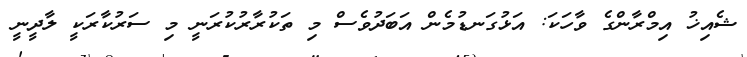
ޝެއިޚު އިމްރާންގެ ވާހަކަ: އަޅުގަނޑުމެން އަބަދުވެސް މި ތަކުރާރުކުރަނީ މި ސަރުކާރަކީ ލާދީނީ